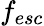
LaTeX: f_{esc}